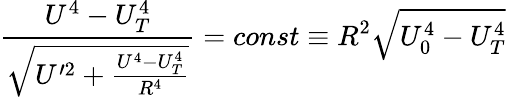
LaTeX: \frac{U^{4}-U_{T}^{4}}{\sqrt{U^{\prime 2}+\frac{U^{4}-U_{T}^{4}}{R^{4}}}}=const\equiv R^{2}\sqrt{U_{0}^{4}-U_{T}^{4}}